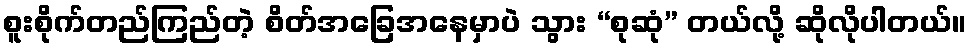
စူးစိုက်တည်ကြည်တဲ့ စိတ်အခြေအနေမှာပဲ သွား “စုဆုံ” တယ်လို့ ဆိုလိုပါတယ်။